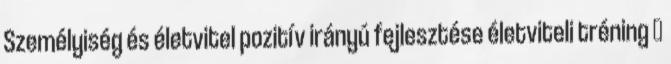
Személyiség és életvitel pozitív irányú fejlesztése életviteli tréning 